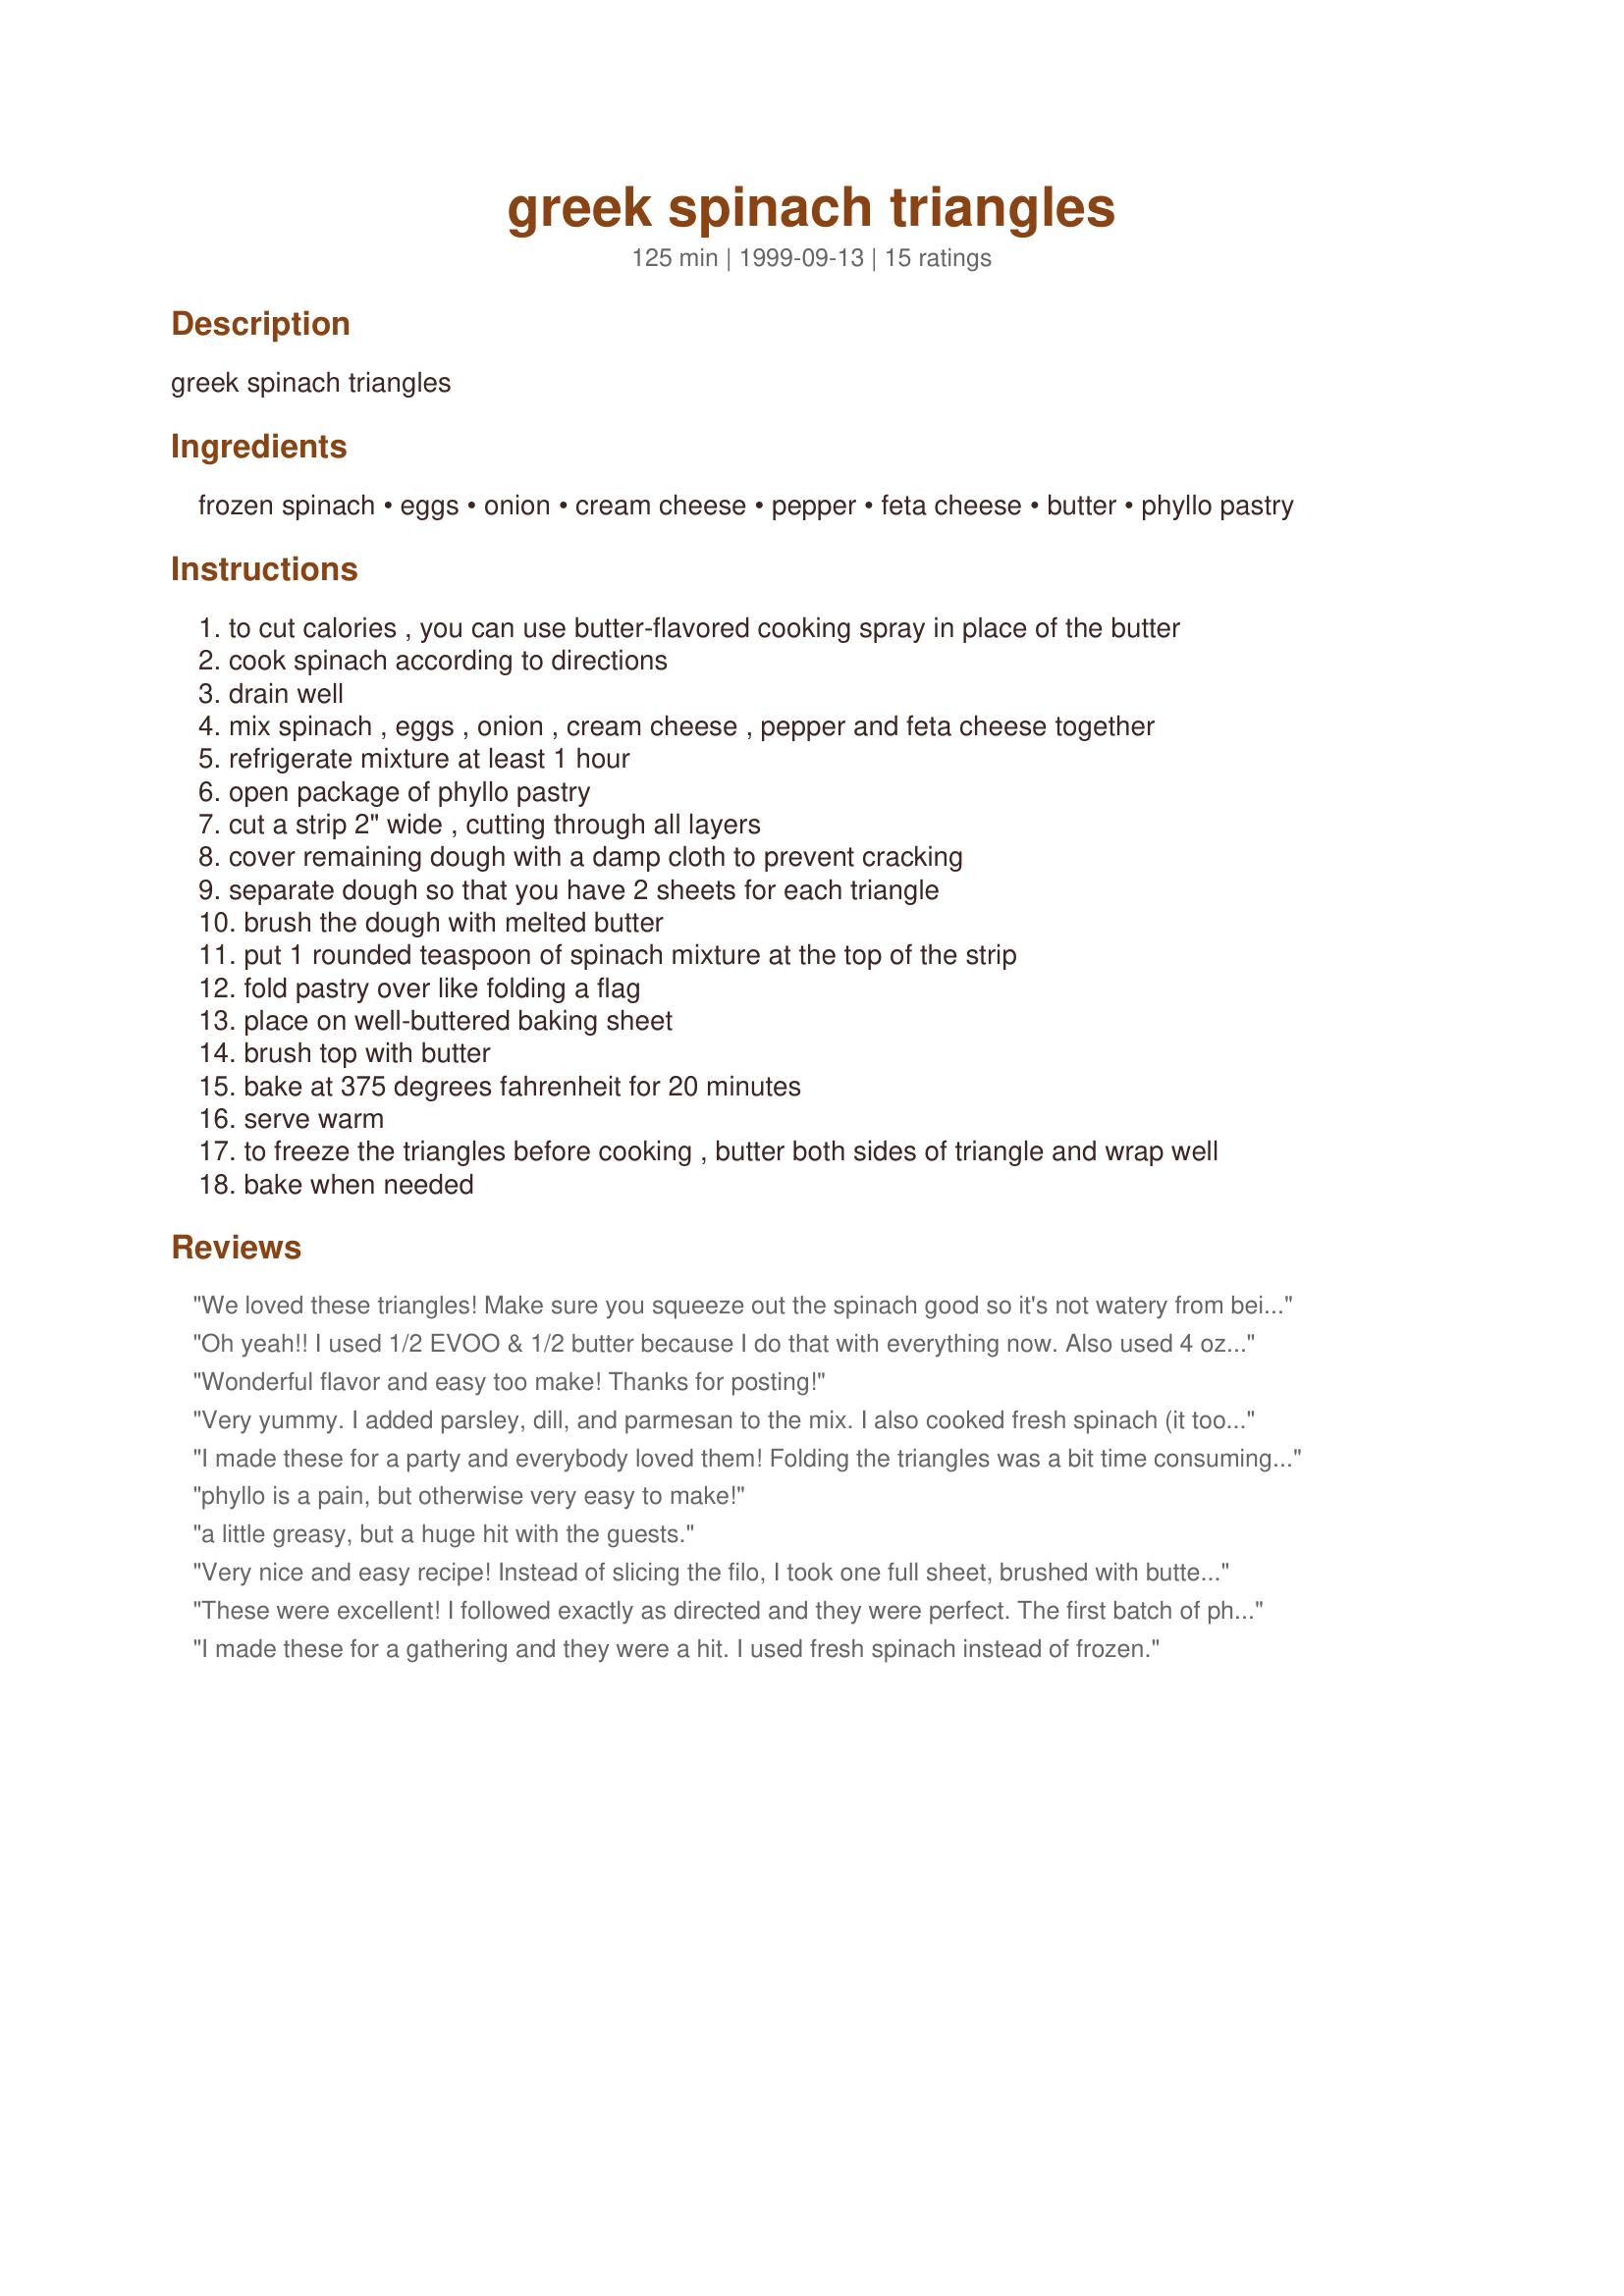
greek spinach triangles
Preparation time: 125 minutes

greek spinach triangles

Ingredients:
frozen spinach, eggs, onion, cream cheese, pepper, feta cheese, butter, phyllo pastry

Steps:
to cut calories , you can use butter-flavored cooking spray in place of the butter
cook spinach according to directions
drain well
mix spinach , eggs , onion , cream cheese , pepper and feta cheese together
refrigerate mixture at least 1 hour
open package of phyllo pastry
cut a strip 2" wide , cutting through all layers
cover remaining dough with a damp cloth to prevent cracking
separate dough so that you have 2 sheets for each triangle
brush the dough with melted butter
put 1 rounded teaspoon of spinach mixture at the top of the strip
fold pastry over like folding a flag
place on well-buttered baking sheet
brush top with butter
bake at 375 degrees fahrenheit for 20 minutes
serve warm
to freeze the triangles before cooking , butter both sides of triangle and wrap well
bake when needed

Reviews:
We loved these triangles! Make sure you squeeze out the spinach good so it's not watery from being frozen. I put it in a terricloth towel to make sure all the water was out! They went over very well with the gang at my house!
Oh yeah!! I used 1/2 EVOO & 1/2 butter because I do that with everything now. Also used 4 oz of light cream cheese and a few dashes of mint. This made a dozen 4" triangles which I immediately froze in single portions. Now, when I'm too lazy to cook, I just serve one of those up with a salad. Thanks so much Dancer - I took one to work for lunch one day and was the envy of all my coworkers!
Wonderful flavor and easy too make! Thanks for posting!
Very yummy. I added parsley, dill, and parmesan to the mix. I also cooked fresh spinach (it took a 40 oz bag!). These are greasy and even started a fire in my oven! After the first batch I used a jelly-roll pan so the butter couldn't drip off. There's no need to re-butter the pan after the first batch. My hubby accidentally bought fat free cream cheese, which I thought would ruin them, but they turned out fine. I found the phyllo dough web site to be of great help www.athens.com with folding the triangles. Recipezaar had the better idea of cutting the 2" strips before unrolling, though. Make sure you keep any dough you're not immediately working with under a damp towel. It will be ruined if you don't.
I made these for a party and everybody loved them! Folding the triangles was a bit time consuming so I stopped before I used up all the filling. The next day for dinner, I used whole sheets of phyllo and rolled up the leftover filling like burittos. Turned out great that way too and was much easier.
phyllo is a pain, but otherwise very easy to make!
a little greasy, but a huge hit with the guests.
Very nice and easy recipe! Instead of slicing the filo, I took one full sheet, brushed with butter and folded in half lengthwise. This made the assembly a little easier. The filling is wonder and would work well in lasagne as well.
These were excellent! I followed exactly as directed and they were perfect. The first batch of phyllo that I bought stuck together, but the 2nd separated easily.Great recipe!
I made these for a gathering and they were a hit. I used fresh spinach instead of frozen.


I loved these, and everyone else seemed to like them too. Much easier to make than I thought they would be as well.
good stuff.dee
5 stars for ease and for taste. These are a bit fussy to make but they freeze well so I always make the full recipe and freeze remainder unbaked - Thanks Dancer for another one of your excellent recipes11 Feb 08 Made a batch of these again - enjoyed them just as much this time
I made these and added minced garlic, artichoke hearts and parmesan cheese. Turned out beyond good, had some Greeks tell me they were way better than the originals!
Great recipe! I rolled the dough into a big rectangle, put the filling and rolled it like cinimon rolls, then sliced. It was very fast, super cute little spinwheels and small enough for people not to feel intimidated taking one to try... of course after one they were hooked and went for the rest of the plate :) thanks!
